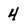
Character: 4